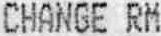
CHANGE RM